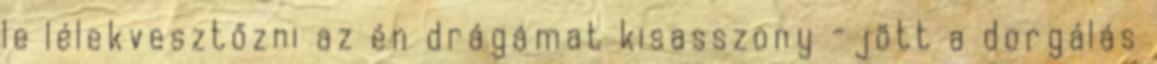
le lélekvesztőzni az én drágámat kisasszony -jött a dorgálás